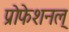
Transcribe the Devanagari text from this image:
प्रोफेशनल्